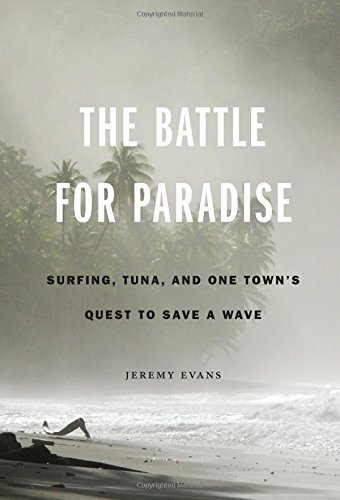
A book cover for The Battle for Paradise: Surfing, Tuna, and One Town's Quest to Save a Wave; Jeremy Evans; Sports & Outdoors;